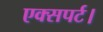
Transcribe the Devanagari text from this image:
एक्सपर्ट।